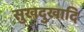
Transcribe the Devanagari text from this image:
सुखदुखादि